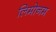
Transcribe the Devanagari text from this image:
लिमोनम